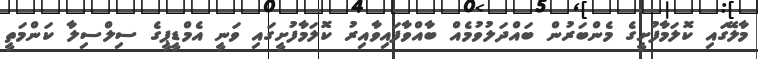
މާލޭގައި ކޮލަމާފުށީގެ މެންބަރުން ބައްދަލުވުމެއް ބާއްވާފައިވާއިރު ކޮލަމާފުށީގައި ވަނީ އެމްޑީޕީގެ ސިލްސިލާ ކަންމަތީ